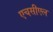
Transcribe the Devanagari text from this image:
एचसीएल